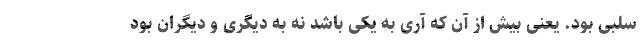
سلبی بود. یعنی بیش از آن که آری به یکی باشد نه به دیگری و دیگران بود